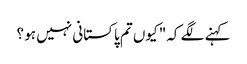
کہنے لگے کہ" کیوں تم پاکستانی نہیں ہو ؟